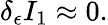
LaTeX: \delta_{\epsilon}I_{1}\approx 0.